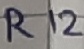
Text: R12